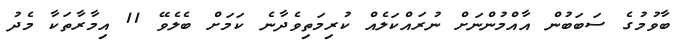
ބާވުމުގެ ސަބަބުން އާއްމުންނަށް ނުރައްކަލެއް ކުރިމަތިވެދާނެ ކަމަށް ބެލެވޭ 11 އިމާރާތަކާ މެދު